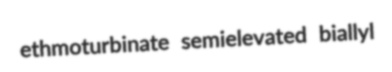
ethmoturbinate semielevated biallyl